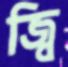
জ্বি